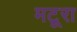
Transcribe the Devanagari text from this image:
मटूरा